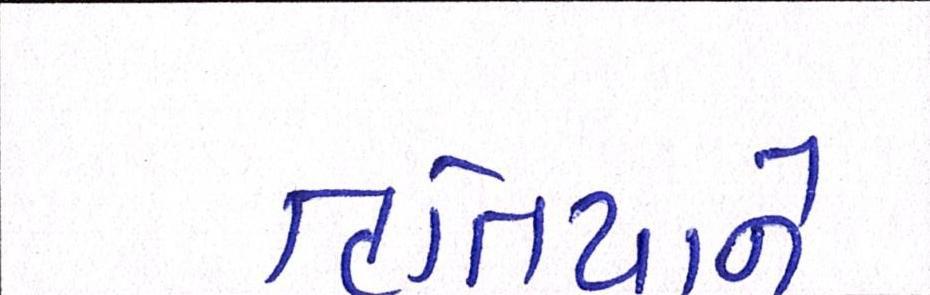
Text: તૃતિયાને